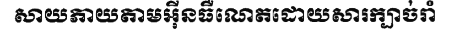
សាយភាយតាមអ៊ីនធឺណេតដោយសារក្បាច់រាំ